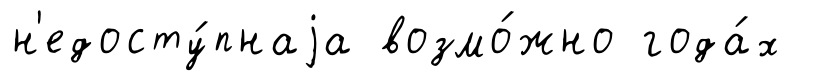
н'едосту́пнаjа возмо́жно года́х